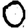
Digit: 0